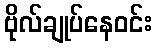
ဗိုလ်ချုပ်နေဝင်း